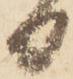
日